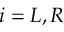
i = L , R